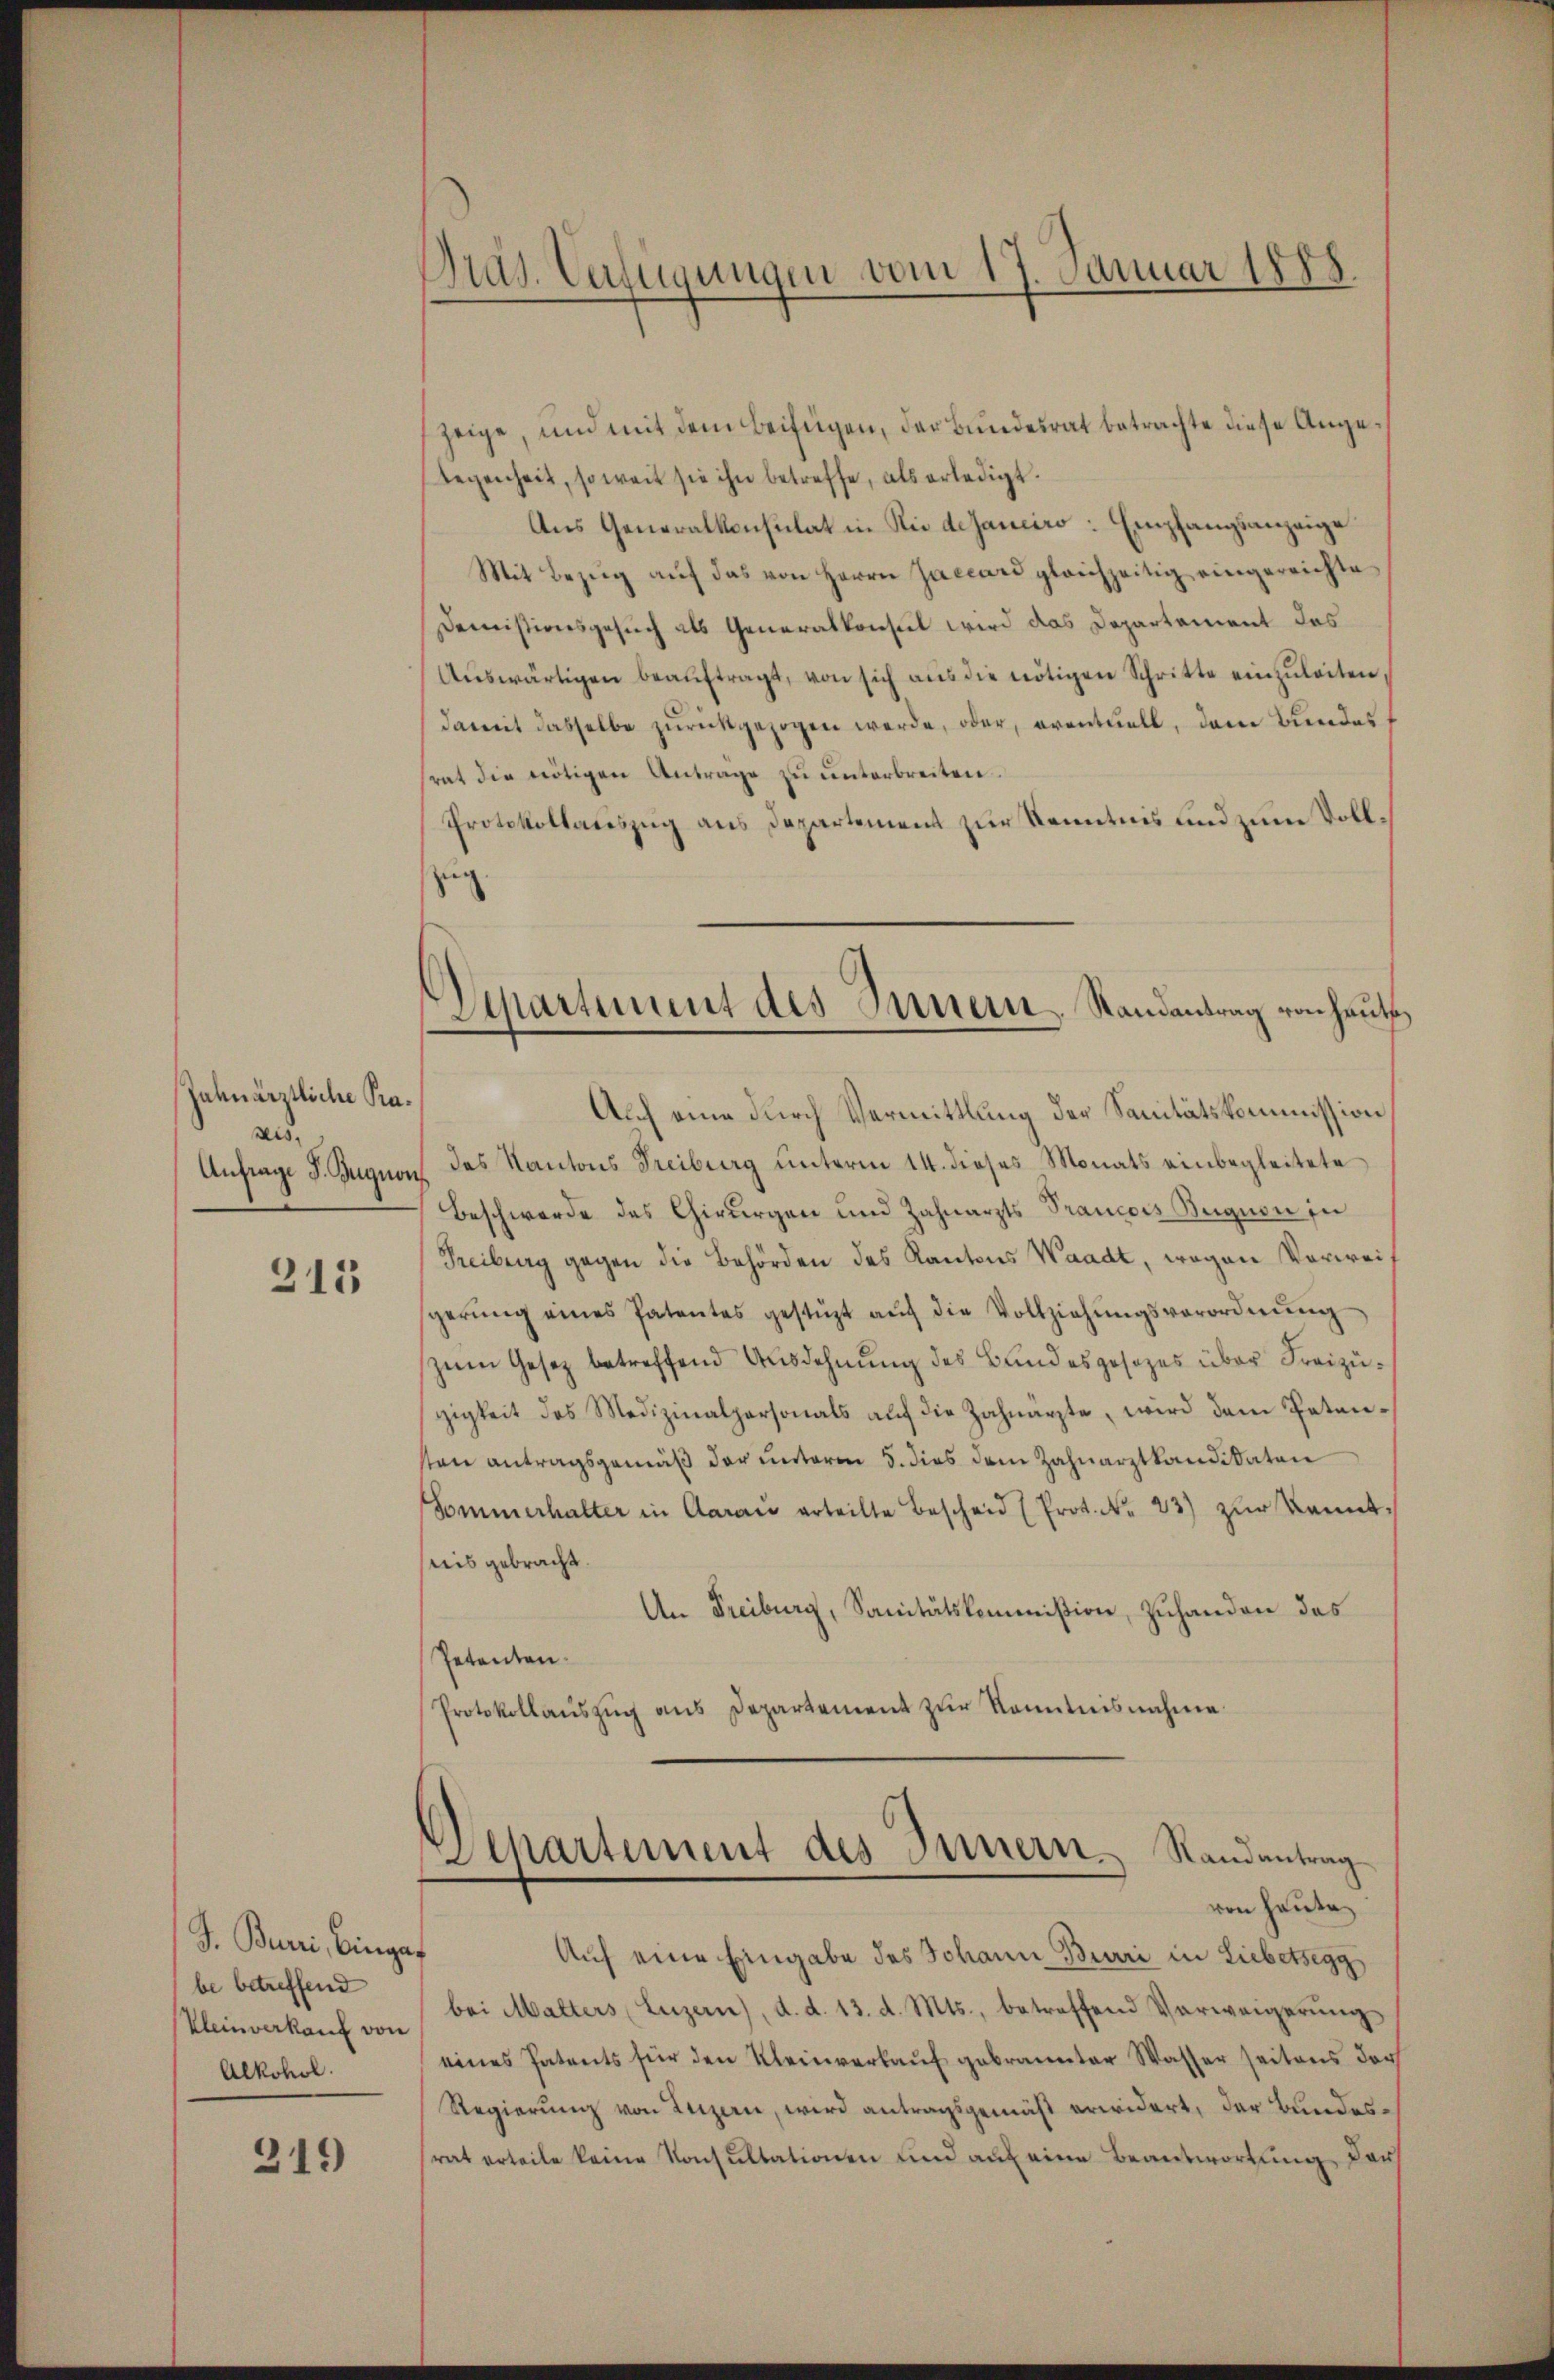
Zuhnärztliche Pra¬
.
Anfrage S. Zugnon

213

J. Buri, binge
be betreffend
Kleinverkauf von
Alkohol.

219

Präs. Verfügungen vom 17. Januar 1888

Separtement des Innern, Randantrag von haut,

zeige, und mit dem Beifügen, der Bundesrat betrachte diese Angelegenheit, soweit sie ihn betreffe, als erledigt.
Aus Generalkonsulat in Rio dejanciro: Empfangsanzeige
Mit Bezŭg aŭf das von Herrn Jaccari gleichzeitig eingereichte
Demistivesgesuch als Generalkonseil wird das Departement das
Aŭswärtigen beaŭftragt, von sich aŭs die nötigen Schritte einzŭleiten,
damit dasselbe zurückgezogen werde, oder, eventuell, dem Bundes
srat die nötigen Antrage zu unterbreiten.
Protokollauszug aus Departement zur Kenntnis und zum Vollzug
Auch eine durch Vermittlung der Sanitätskommission
das Kantons Freiburg unterm 14. dieses Monats einbegleitete
Beschwerde des Chirurgen und Zahnarzts Prancois Beignen in
Treiburg gegen die Behörden des Kantons Waadt, wegen Vorweigerŭng eines Patentes gestüzt aŭf die Vollziehŭngsverordnŭng
zum Gesetz betreffend Ausdehnung des Bundesgesezes über Freizügigkeit des Medizinalpersonals auf die Zahnärzte, wird dem Petensten antragsgemäß der unterm 5. dies dem Zahnarztkandidaten
Sommerhalter in Aarau erteilte Bescheid (Prot. Nr. 23) zŭr kannt.
ris gebracht.
An Freiburg, Sanitätskommißion, Zuhanden des
Petenten.
Protokollaŭszŭg ans Departement zŭr Kenntnisnahme
Alkartement des Innern Randantrag
von heute
Auf eine Eingabe des Johann Burri in Liebetsegg,
bei Malters (Luzern), d. d. 13. d. Mts., betreffend Verweigerŭng
eines Patents für den Kleinverkauf gebrannter Wasser seitens der
Regierung von Luzern, wird antragsgemäß erwidert, der Bundesrat erteile keine Konsultationen und auf eine Beantwortung darf